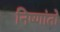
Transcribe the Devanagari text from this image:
निष्णांतो